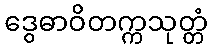
ဒွေဓာဝိတက္ကသုတ္တံ